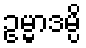
ဥမ္မာဒမ္ပိ